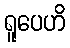
ရူပေဟိ